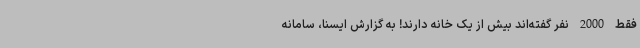
فقط 2000 نفر گفته‌اند بیش از یک خانه دارند! به گزارش ایسنا، سامانه